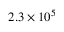
2 . 3 \times 1 0 ^ { 5 }